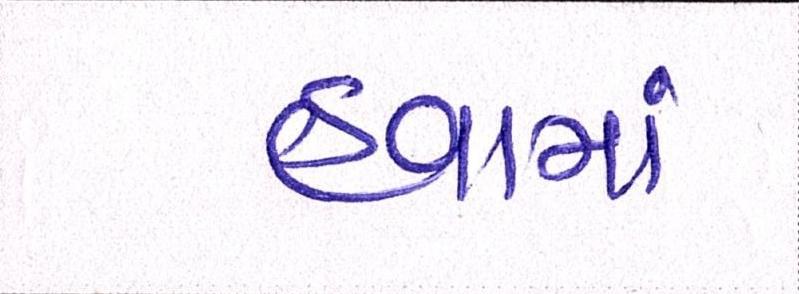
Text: હવામાં